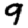
Digit: 9